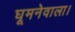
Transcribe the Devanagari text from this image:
घूमनेवाला।